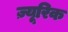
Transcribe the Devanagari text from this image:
ज़्यूरिक